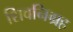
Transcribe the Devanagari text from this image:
शिवनिग्रह